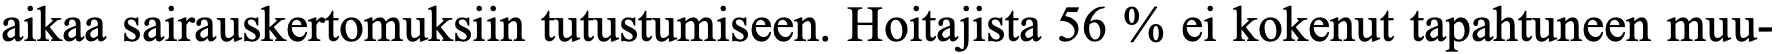
aikaa sairauskertomuksiin tutustumiseen. Hoitajista 56 % ei kokenut tapahtuneen muu-